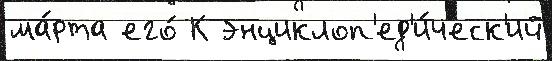
ма́рта его́ К энциклоп'ед'и́ческ'ий